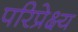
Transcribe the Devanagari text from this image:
परिप्रेक्ष्‍य